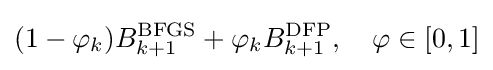
(1-\varphi _{k})B_{k+1}^{\text{BFGS}}+\varphi _{k}B_{k+1}^{\text{DFP}},\quad \varphi \in [0,1]